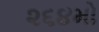
૨૬૪મો